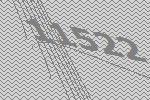
11522